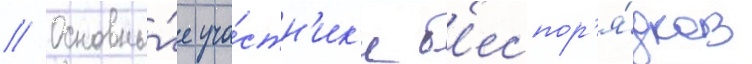
// Основны́е уча́стн'ик'и б'еспор'я́дков